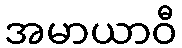
အမာယာဝီ